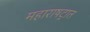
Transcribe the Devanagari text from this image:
महाराषट्रात